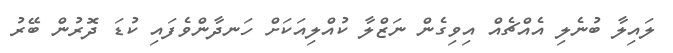
ލައިލާ ބުނެލި އެއްޗެއް އިވިގެން ނަޒްލާ ކުއްލިއަކަށް ހަނދާންވެފައި ކުޑަ ދޮރުން ބޭރު